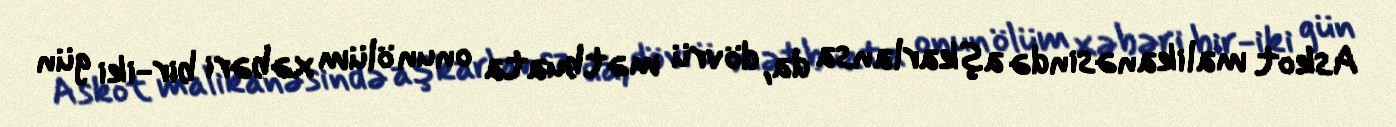
Askot malikanəsində aşkarlansa da, dövrü mətbuata onun ölüm xəbəri bir-iki gün